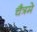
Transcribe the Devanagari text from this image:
चैत्रमे